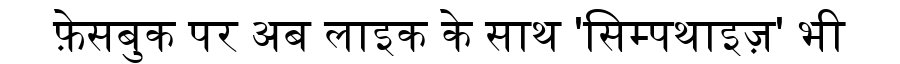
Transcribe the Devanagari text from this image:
फ़ेसबुक पर अब लाइक के साथ 'सिम्पथाइज़' भी